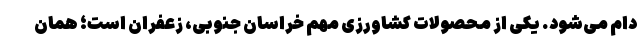
دام می‌شود. یکی از محصولات کشاورزی مهم خراسان جنوبی، زعفران است؛ همان